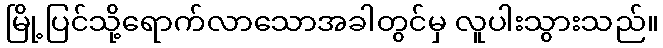
မြို့ပြင်သို့ရောက်လာသောအခါတွင်မှ လူပါးသွားသည်။